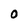
Character: O